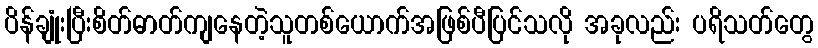
ပိန်ချုံးပြီးစိတ်ဓာတ်ကျနေတဲ့သူတစ်ယောက်အဖြစ်ပီပြင်သလို အခုလည်း ပရိသတ်တွေ